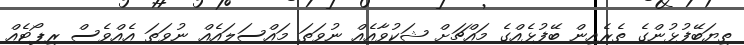
ތިޔަބޭފުޅުންގެ ތެރެއިން ބޭފުޅެއްގެ މައްޗަށް ޝަކުވާއެއް ނުވަތަ މައްސަލައެއް ނުވަތަ އެއްވެސް ރިޕޯޓެއް